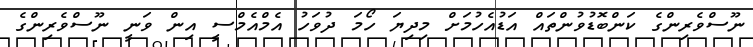
ނޫސްވެރިންގެ ކަންބޮޑުވުންތައް އަޑުއެހުމަށް މިދިޔަ ހޯމަ ދުވަހު އެމްއެމްސީ އިން ވަނީ ނޫސްވެރިންގެ